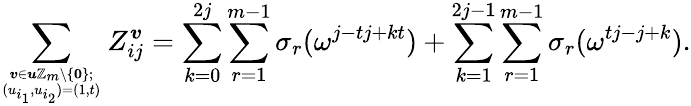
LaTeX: \sum_{\boldsymbol{v}\in\boldsymbol{u}\mathbb{Z}_{m}\setminus\{ \textbf{0}\} ;\atop(u_{i_{1}},u_{i_{2}})=(1,t)}Z_{ij}^{\boldsymbol{v}}=\sum_{k=0}^{2j}\sum_{r=1}^{m-1}\sigma_{r}(\omega^{j-tj+kt})+\sum_{k=1}^{2j-1}\sum_{r=1}^{m-1}\sigma_{r}(\omega^{tj-j+k}).